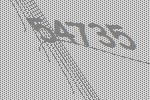
54735